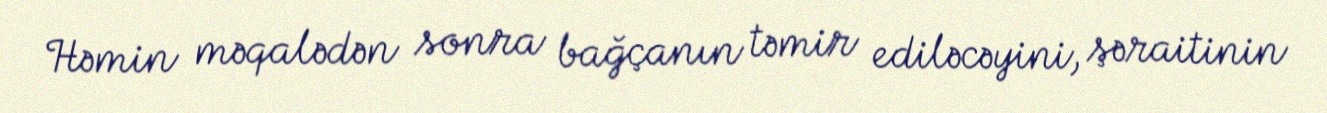
Həmin məqalədən sonra bağçanın təmir ediləcəyini, şəraitinin